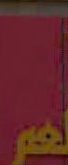
م